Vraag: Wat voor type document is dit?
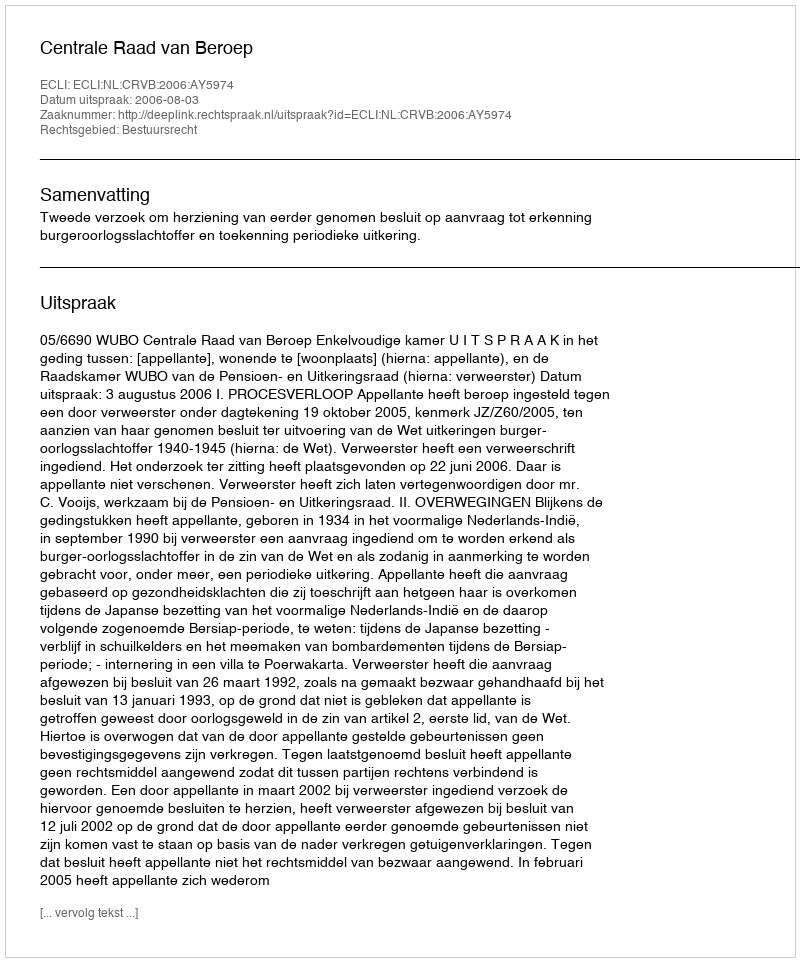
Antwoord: Uitspraak